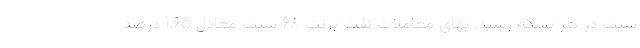
سنت در هر بشکه رسید. بهای معاملات نفت برنت ۶۸ سنت معادل ۱.۶۵ درصد